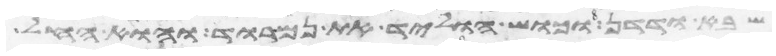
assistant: שבא ודדן וכוש הוליד את נמרוד הוא החל